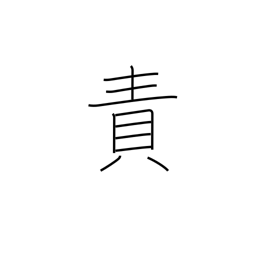
Meaning: censure